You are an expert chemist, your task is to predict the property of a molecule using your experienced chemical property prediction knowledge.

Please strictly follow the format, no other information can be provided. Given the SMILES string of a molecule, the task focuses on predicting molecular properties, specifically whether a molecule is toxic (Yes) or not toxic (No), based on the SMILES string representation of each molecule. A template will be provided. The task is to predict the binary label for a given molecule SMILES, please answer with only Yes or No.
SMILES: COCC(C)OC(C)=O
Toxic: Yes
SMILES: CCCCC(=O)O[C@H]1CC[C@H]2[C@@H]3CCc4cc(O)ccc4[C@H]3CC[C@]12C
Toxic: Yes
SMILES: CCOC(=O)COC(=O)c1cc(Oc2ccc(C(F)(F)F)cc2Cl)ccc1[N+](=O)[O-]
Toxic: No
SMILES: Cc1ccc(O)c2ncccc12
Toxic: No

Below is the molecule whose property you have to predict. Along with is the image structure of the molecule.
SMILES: O=C1CCCN1C1CCCCC1
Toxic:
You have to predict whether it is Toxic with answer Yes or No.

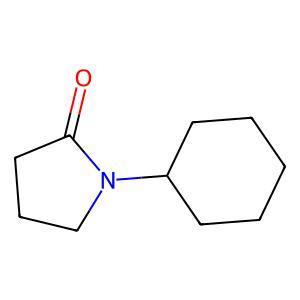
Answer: No